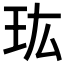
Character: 𤣾